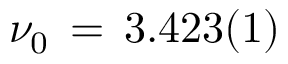
\nu _ { 0 } \, = \, 3 . 4 2 3 ( 1 )